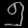
Digit: ၅